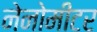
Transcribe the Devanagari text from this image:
नेनोमीटर